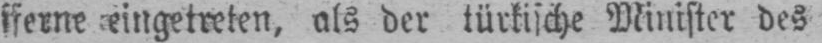
eingetreten, als der türkische Minister des